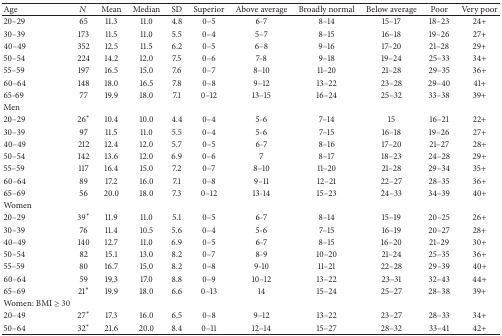
<table><thead><tr><td><b>Age</b></td><td><b><i>N</i></b></td><td><b>Mean</b></td><td><b>Median</b></td><td><b>SD</b></td><td><b>Superior</b></td><td><b>Above average</b></td><td><b>Broadly normal</b></td><td><b>Below average</b></td><td><b>Poor</b></td><td><b>Very poor</b></td></tr></thead><tbody><tr><td>20–29</td><td>65</td><td>11.3</td><td>11.0</td><td>4.8</td><td>0–5</td><td>6-7</td><td>8–14</td><td>15–17</td><td>18–23</td><td>24+</td></tr><tr><td>30–39</td><td>173</td><td>11.5</td><td>11.0</td><td>5.5</td><td>0–4</td><td>5–7</td><td>8–15</td><td>16–18</td><td>19–26</td><td>27+</td></tr><tr><td>40–49</td><td>352</td><td>12.5</td><td>11.5</td><td>6.2</td><td>0–5</td><td>6–8</td><td>9–16</td><td>17–20</td><td>21–28</td><td>29+</td></tr><tr><td>50–54</td><td>224</td><td>14.2</td><td>12.0</td><td>7.5</td><td>0–6</td><td>7-8</td><td>9–18</td><td>19–24</td><td>25–33</td><td>34+</td></tr><tr><td>55–59</td><td>197</td><td>16.5</td><td>15.0</td><td>7.6</td><td>0–7</td><td>8–10</td><td>11–20</td><td>21–28</td><td>29–35</td><td>36+</td></tr><tr><td>60–64</td><td>148</td><td>18.0</td><td>16.5</td><td>7.8</td><td>0–8</td><td>9–12</td><td>13–22</td><td>23–28</td><td>29–40</td><td>41+</td></tr><tr><td>65-69</td><td>77</td><td>19.9</td><td>18.0</td><td>7.1</td><td>0–12</td><td>13–15</td><td>16–24</td><td>25–32</td><td>33–38</td><td>39+</td></tr><tr><td>Men</td><td> </td><td> </td><td> </td><td> </td><td> </td><td> </td><td> </td><td> </td><td> </td><td> </td></tr><tr><td>20–29</td><td>26*</td><td>10.4</td><td>10.0</td><td>4.4</td><td>0–4</td><td>5-6</td><td>7–14</td><td>15</td><td>16–21</td><td>22+</td></tr><tr><td>30–39</td><td>97</td><td>11.5</td><td>11.0</td><td>5.5</td><td>0–4</td><td>5-6</td><td>7–15</td><td>16–18</td><td>19–26</td><td>27+</td></tr><tr><td>40–49</td><td>212</td><td>12.4</td><td>12.0</td><td>5.7</td><td>0–5</td><td>6-7</td><td>8–16</td><td>17–20</td><td>21–27</td><td>28+</td></tr><tr><td>50–54</td><td>142</td><td>13.6</td><td>12.0</td><td>6.9</td><td>0–6</td><td>7</td><td>8–17</td><td>18–23</td><td>24–28</td><td>29+</td></tr><tr><td>55–59</td><td>117</td><td>16.4</td><td>15.0</td><td>7.2</td><td>0–7</td><td>8–10</td><td>11–20</td><td>21–28</td><td>29–34</td><td>35+</td></tr><tr><td>60–64</td><td>89</td><td>17.2</td><td>16.0</td><td>7.1</td><td>0–8</td><td>9–11</td><td>12–21</td><td>22–27</td><td>28–35</td><td>36+</td></tr><tr><td>65–69</td><td>56</td><td>20.0</td><td>18.0</td><td>7.3</td><td>0–12</td><td>13-14</td><td>15–23</td><td>24–33</td><td>34–39</td><td>40+</td></tr><tr><td>Women</td><td> </td><td> </td><td> </td><td> </td><td> </td><td> </td><td> </td><td> </td><td> </td><td> </td></tr><tr><td>20–29</td><td>39*</td><td>11.9</td><td>11.0</td><td>5.1</td><td>0–5</td><td>6-7</td><td>8–14</td><td>15–19</td><td>20–25</td><td>26+</td></tr><tr><td>30–39</td><td>76</td><td>11.4</td><td>10.5</td><td>5.6</td><td>0–4</td><td>5-6</td><td>7–15</td><td>16–19</td><td>20–27</td><td>28+</td></tr><tr><td>40–49</td><td>140</td><td>12.7</td><td>11.0</td><td>6.9</td><td>0–5</td><td>6-7</td><td>8–15</td><td>16–20</td><td>21–29</td><td>30+</td></tr><tr><td>50–54</td><td>82</td><td>15.1</td><td>13.0</td><td>8.2</td><td>0–7</td><td>8-9</td><td>10–20</td><td>21–24</td><td>25–35</td><td>36+</td></tr><tr><td>55–59</td><td>80</td><td>16.7</td><td>15.0</td><td>8.2</td><td>0–8</td><td>9-10</td><td>11–21</td><td>22–28</td><td>29–39</td><td>40+</td></tr><tr><td>60–64</td><td>59</td><td>19.3</td><td>17.0</td><td>8.8</td><td>0–9</td><td>10–12</td><td>13–22</td><td>23–31</td><td>32–43</td><td>44+</td></tr><tr><td>65–69</td><td>21*</td><td>19.9</td><td>18.0</td><td>6.6</td><td>0–13</td><td>14</td><td>15–24</td><td>25–27</td><td>28–38</td><td>39+</td></tr><tr><td>Women: BMI ≥ 30</td><td> </td><td> </td><td> </td><td> </td><td> </td><td> </td><td> </td><td> </td><td> </td><td> </td></tr><tr><td>20–49</td><td>27*</td><td>17.3</td><td>16.0</td><td>6.5</td><td>0–8</td><td>9–12</td><td>13–22</td><td>23–27</td><td>28–33</td><td>34+</td></tr><tr><td>50–64</td><td>32*</td><td>21.6</td><td>20.0</td><td>8.4</td><td>0–11</td><td>12–14</td><td>15–27</td><td>28–32</td><td>33–41</td><td>42+</td></tr></tbody></table>